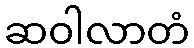
ဆဝါလာတံ